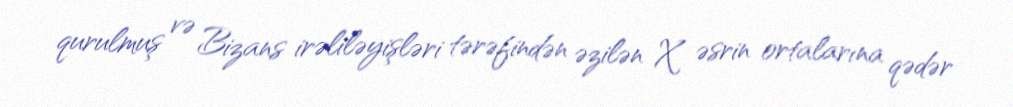
qurulmuş və Bizans irəliləyişləri tərəfindən əzilən X əsrin ortalarına qədər